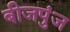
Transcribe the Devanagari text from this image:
बीजपुंज